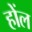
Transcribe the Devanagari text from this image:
होंल